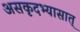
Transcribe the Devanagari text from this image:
असकृदभ्यासात्‌